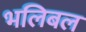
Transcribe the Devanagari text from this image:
भलिबल